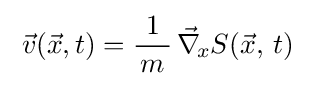
\;{\vec {v}}({\vec {x}},t)={\frac {1}{\,m\,}}\,{\vec {\nabla }}_{\!x}S({\vec {x}},\,t)\;